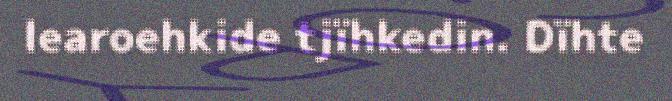
learoehkide tjïhkedin. Dïhte